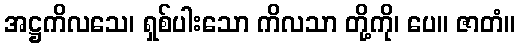
အဋ္ဌကိလသေ၊ ရှစ်ပါးသော ကိလသာ တို့ကို၊ ပေ။ ဇာတံ။